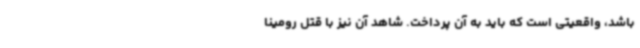
باشد، واقعیتی است که باید به آن پرداخت. شاهد آن نیز با قتل رومینا